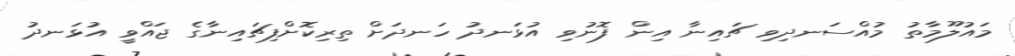
މައުލޫމާތު މުއްސަނދިވި ޗައިނާ އިން ފޮނުވި އުޅަނދު ހަނދަށް ތިރިކޮށްފިޗައިނާގެ ޖައްވީ އުޅަނދު